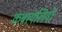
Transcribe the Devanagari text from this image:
कबायलियों